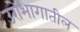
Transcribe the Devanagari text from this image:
उरोभागातील